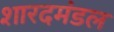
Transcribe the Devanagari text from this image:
शारदमंडल